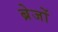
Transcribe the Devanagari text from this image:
ब्रेजों